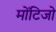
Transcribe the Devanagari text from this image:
मोंटिजो